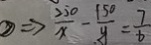
\textcircled { 2 } \Rightarrow \frac { 2 5 0 } { x } - \frac { 1 5 0 } { y } = \frac { 7 } { 6 }